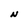
Character: N